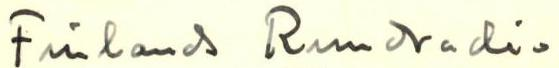
Finlands Rundradio